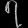
Digit: ၇